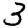
Digit: 3